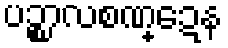
ပဉ္စာလစဏ္ဍေန